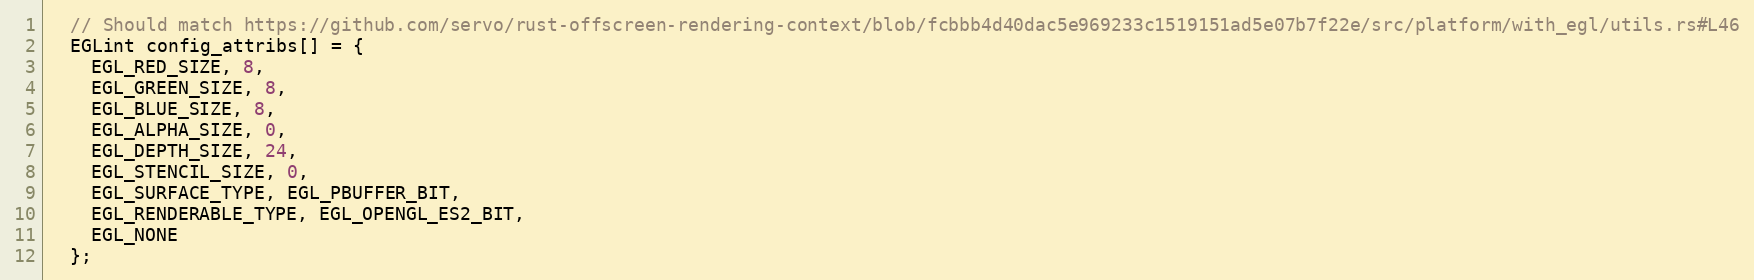
Language: C++
  // Should match https://github.com/servo/rust-offscreen-rendering-context/blob/fcbbb4d40dac5e969233c1519151ad5e07b7f22e/src/platform/with_egl/utils.rs#L46
  EGLint config_attribs[] = {
    EGL_RED_SIZE, 8,
    EGL_GREEN_SIZE, 8,
    EGL_BLUE_SIZE, 8,
    EGL_ALPHA_SIZE, 0,
    EGL_DEPTH_SIZE, 24,
    EGL_STENCIL_SIZE, 0,
    EGL_SURFACE_TYPE, EGL_PBUFFER_BIT,
    EGL_RENDERABLE_TYPE, EGL_OPENGL_ES2_BIT,
    EGL_NONE
  };